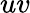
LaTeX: uv